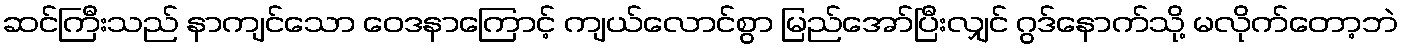
ဆင်ကြီးသည် နာကျင်သော ဝေဒနာကြောင့် ကျယ်လောင်စွာ မြည်အော်ပြီးလျှင် ဂွဒ်နောက်သို့ မလိုက်တော့ဘဲ